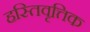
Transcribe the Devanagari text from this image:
हस्तिवृत्तिक